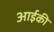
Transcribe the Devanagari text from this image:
आईकी